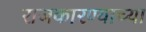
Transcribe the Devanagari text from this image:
राजकारण्याच्या